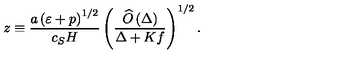
z \equiv \frac { a \left( \varepsilon + p \right) ^ { 1 / 2 } } { c _ { S } H } \left( \frac { \widehat { O } \left( \Delta \right) } { \Delta + K f } \right) ^ { 1 / 2 } .